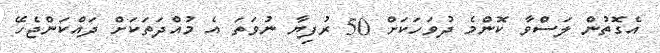
އެގޮތުން ލަސްވާ ކޮންމެ ދުވަހަކަށް 50 ރުފިޔާ ނުވަތަ އެ މުއްދަތަކަށް ދައްކަންޖެހޭ